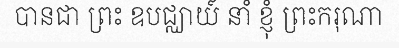
បានជា ព្រះ ឧបជ្ឈាយ៍ នាំ ខ្ញុំ ព្រះករុណា